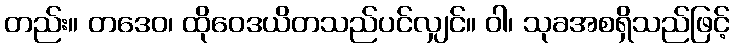
တည်း။ တဒေဝ၊ ထိုဝေဒယိတသည်ပင်လျှင်။ ဝါ၊ သုခအစရှိသည်ဖြင့်